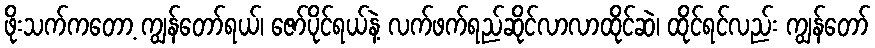
ဖိုးသက်ကတော့ ကျွန်တော်ရယ်၊ ဇော်ပိုင်ရယ်နဲ့ လက်ဖက်ရည်ဆိုင်လာလာထိုင်ဆဲ၊ ထိုင်ရင်လည်း ကျွန်တော်